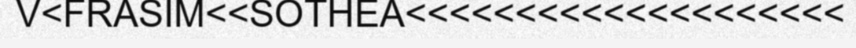
V<FRASIM<<SOTHEA<<<<<<<<<<<<<<<<<<<<